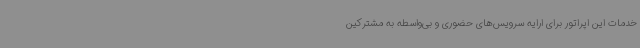
خدمات این اپراتور برای ارایه سرویس‌های حضوری و بی‌واسطه به مشترکین